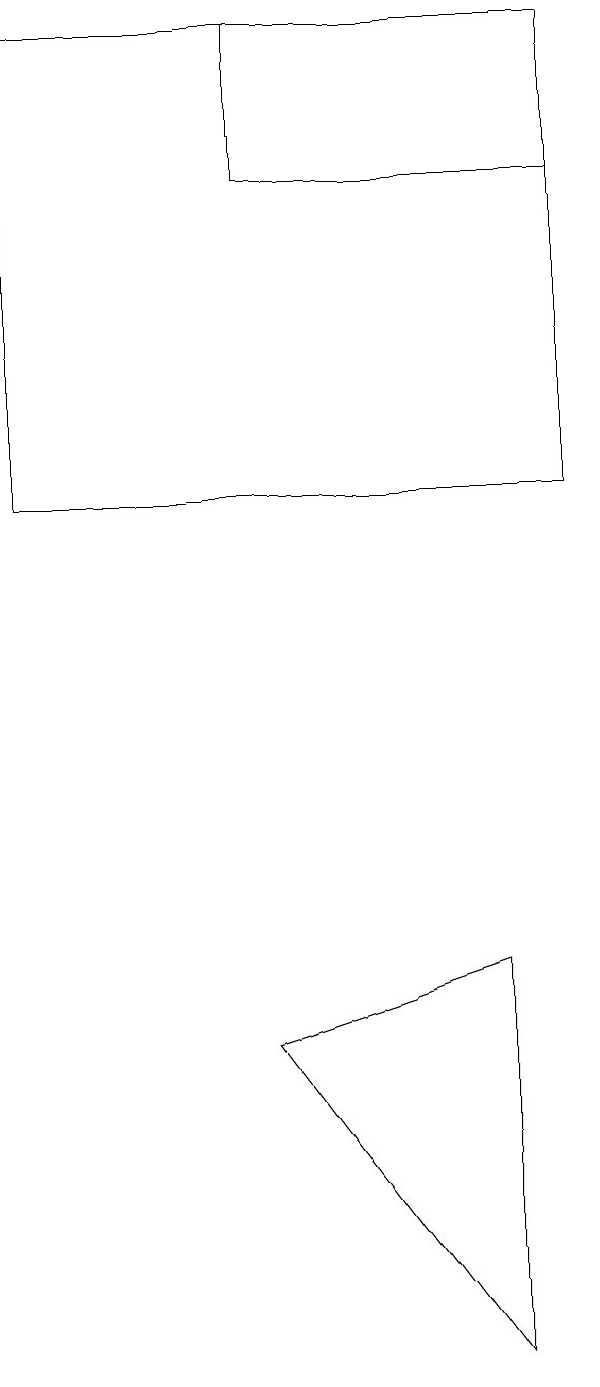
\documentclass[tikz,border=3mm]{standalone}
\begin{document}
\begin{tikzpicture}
\draw (8,1) -- (5,5) -- (8,6) -- cycle;
\draw (2,18) rectangle (9,12);
\draw (9,16) rectangle (5,18);
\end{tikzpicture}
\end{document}